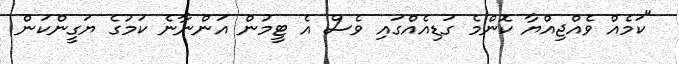
"ކަމެއް ވެއްޖިއްޔާ ކޮންމެ ގަޑިއެއްގައި ވެސް އެ ޓީމުން އަންނާނެ ކަމުގެ ޔަގީންކަން